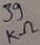
Text: 39KΩ